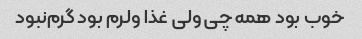
خوب بود همه چی ولی غذا ولرم بود گرم‌نبود